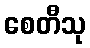
စေတီသု